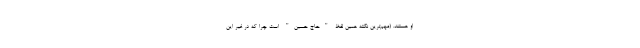
او هستند. (مهم‌ترین نکته همین لفظ "حاج حسین" است چرا که در غیر این